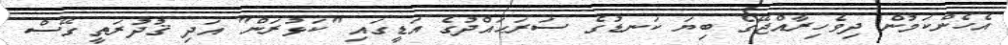
އެހެންކަމުން ދިވެހިރާއްޖޭގެ ބިޔަ ކަނޑުގެ ސަރަޙައްދުގެ އަޑީގައި "ކަޅުރަން" އަދި ޤުދުރަތީ ގޭސް